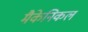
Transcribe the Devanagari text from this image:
मैकेनिकल